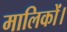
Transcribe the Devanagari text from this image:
मालिकों।